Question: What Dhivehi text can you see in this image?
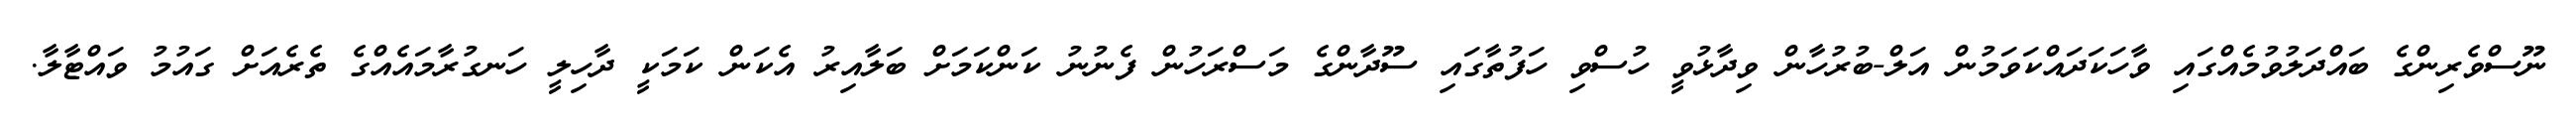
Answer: ނޫސްވެރިންގެ ބައްދަލުވުމެއްގައި ވާހަކަދައްކަވަމުން އަލް-ބުރުހާން ވިދާޅުވީ ހުސްވި ހަފުތާގައި ސޫދާންގެ މަސްރަހުން ފެނުނު ކަންކަމަށް ބަލާއިރު އެކަން ކަމަކީ ދާހިލީ ހަނގުރާމައެއްގެ ތެރެއަށް ގައުމު ވައްޓާލާ.